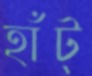
হাঁট্